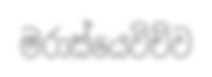
මරාස්යෙවිච්ව